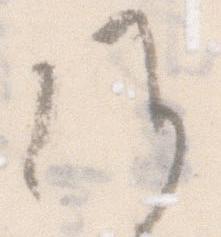
候